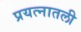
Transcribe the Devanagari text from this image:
प्रयत्नातली